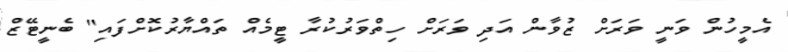
އެމީހުން ވަނީ ވަރަށް ޒުވާން އަދި ވަރަށް ހިތްވަރުކުރާ ޓީމެއް ތައްޔާރުކޮށްފައި" ބެނީޓޭޒް